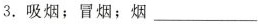
3. 吸烟；冒烟；烟___